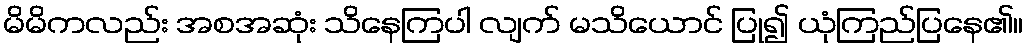
မိမိကလည်း အစအဆုံး သိနေကြပါ လျက် မသိယောင် ပြု၍ ယုံကြည်ပြနေ၏။